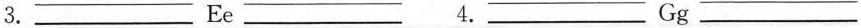
3. ___Ee___ 4.___Gg___